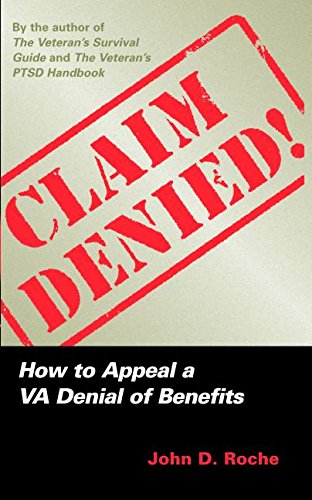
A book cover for Claim Denied!: How to Appeal a VA Denial of Benefits; John D Roche; Health, Fitness & Dieting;